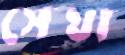
সেথা